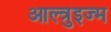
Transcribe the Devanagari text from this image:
आल्त्रुइज्म